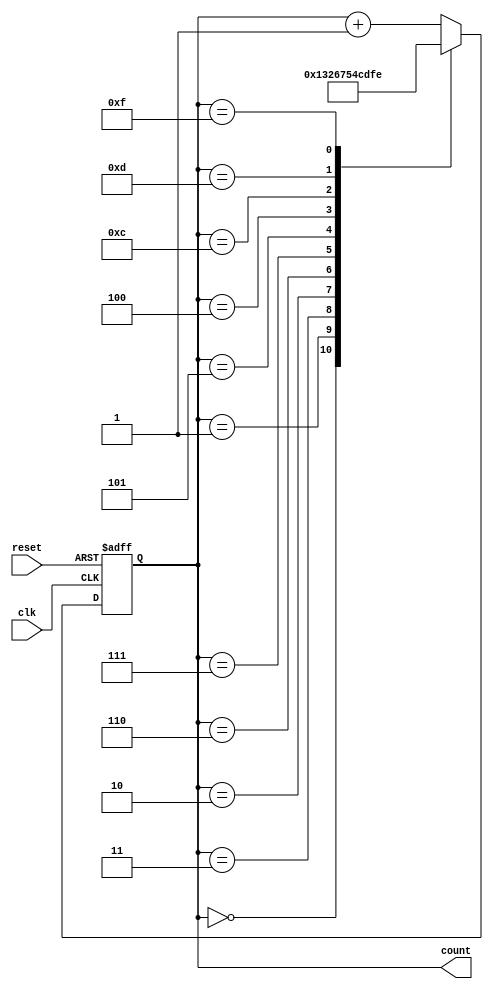
module gray_code_counter (
    input wire clk,
    input wire reset,
    output reg [3:0] count
);

reg [3:0] next_count;

always @(posedge clk or posedge reset) begin
    if (reset) begin
        count <= 4'b0000;
    end else begin
        count <= next_count;
    end
end

always @* begin
    next_count = count + 1;
    case (count)
        4'b0000: next_count = 4'b0001;
        4'b0001: next_count = 4'b0011;
        4'b0011: next_count = 4'b0010;
        4'b0010: next_count = 4'b0110;
        4'b0110: next_count = 4'b0111;
        4'b0111: next_count = 4'b0101;
        4'b0101: next_count = 4'b0100;
        4'b0100: next_count = 4'b1100;
        4'b1100: next_count = 4'b1101;
        4'b1101: next_count = 4'b1111;
        4'b1111: next_count = 4'b1110;
        default: next_count = count + 1;
    endcase
end

endmodule